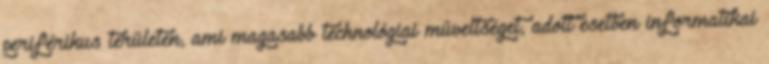
periférikus területen, ami magasabb technológiai műveltséget, adott esetben informatikai